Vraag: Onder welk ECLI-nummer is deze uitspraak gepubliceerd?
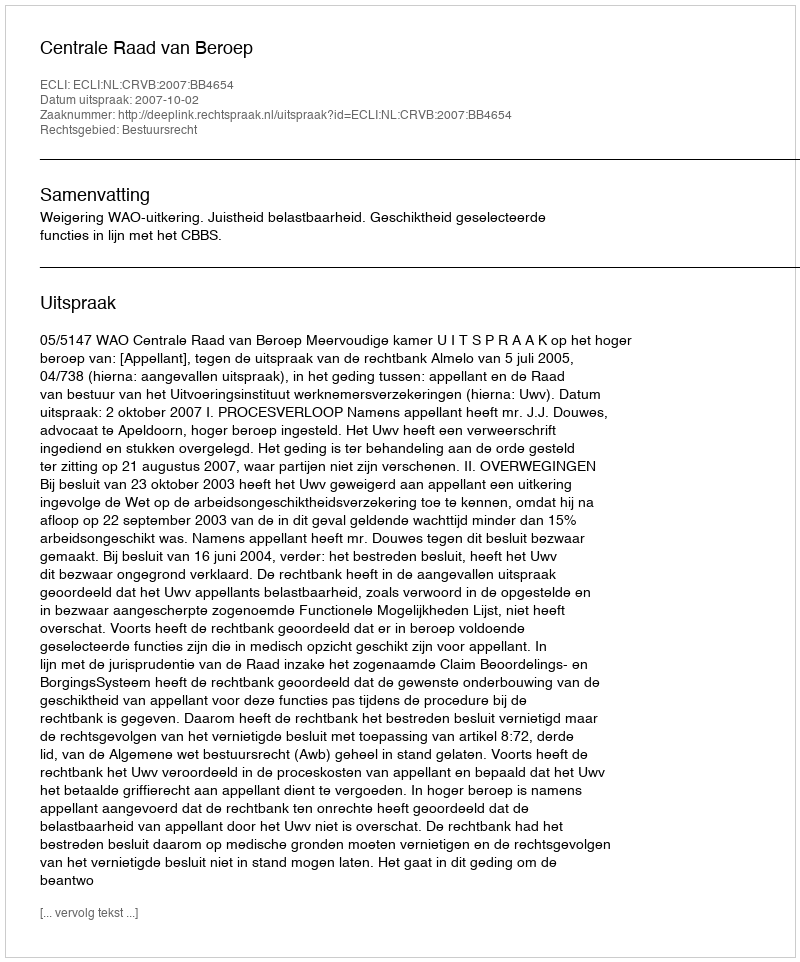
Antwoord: ECLI:NL:CRVB:2007:BB4654